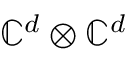
\mathbb { C } ^ { d } \otimes \mathbb { C } ^ { d }